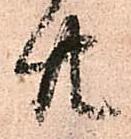
共